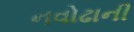
નવોઢાની